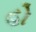
હો